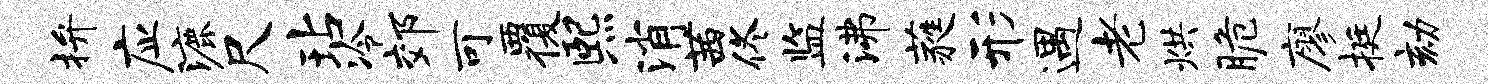
拚应漉尺玷冷郊可覆熙消茜佟监沸蕤形遇老烘脆廖挺劾